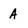
Character: A